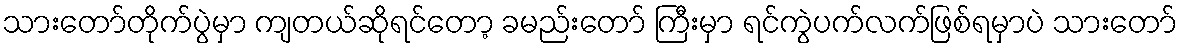
သားတော်တိုက်ပွဲမှာ ကျတယ်ဆိုရင်တော့ ခမည်းတော် ကြီးမှာ ရင်ကွဲပက်လက်ဖြစ်ရမှာပဲ သားတော်